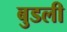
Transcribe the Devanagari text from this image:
बुडली